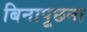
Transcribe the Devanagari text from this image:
बिनापूछना